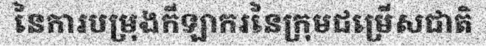
នៃការបម្រុងកីឡាករនៃក្រុមជម្រើសជាតិ